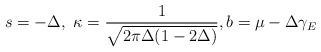
\begin{align*}s=-\Delta ,\ \kappa =\frac{1}{\sqrt{2\pi \Delta (1-2\Delta )}},b=\mu -\Delta\gamma _{E}\end{align*}